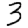
Digit: 3